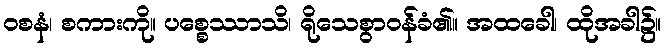
ဝစနံ၊ စကားကို။ ပစ္စေဿာသိ၊ ရိုသေစွာဝန်ခံ၏။ အထခေါ၊ ထိုအခါ၌။